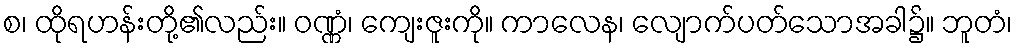
စ၊ ထိုရဟန်းတို့၏လည်း။ ဝဏ္ဏံ၊ ကျေးဇူးကို။ ကာလေန၊ လျောက်ပတ်သောအခါ၌။ ဘူတံ၊